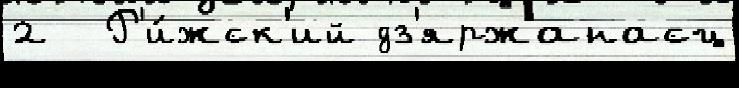
2  Р'и́жск'ий дз'яржанасц